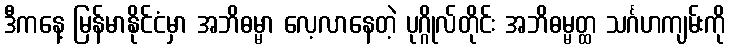
ဒီကနေ့ မြန်မာနိုင်ငံမှာ အဘိဓမ္မာ လေ့လာနေတဲ့ ပုဂ္ဂိုလ်တိုင်း အဘိဓမ္မတ္ထ သင်္ဂဟကျမ်းကို